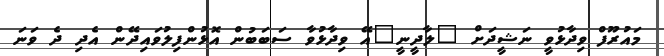
މައުރޫފް ވިދާޅުވީ ނަޝީދަށް "ލާދީނީ"އޭ ވިދާޅުވާ ސަބަބުން އޮޅުންފިލުވައިދޭން އެދި ދެ ވަނަ